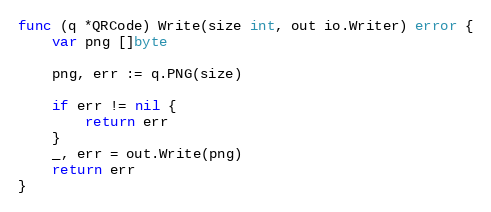
Language: Go
func (q *QRCode) Write(size int, out io.Writer) error {
	var png []byte

	png, err := q.PNG(size)

	if err != nil {
		return err
	}
	_, err = out.Write(png)
	return err
}